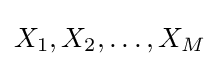
X_{1},X_{2},\ldots ,X_{M}